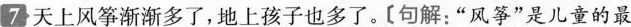
7天上风筝渐渐多,地上孩子心多了。[句解:“风筝”是儿童的最